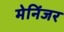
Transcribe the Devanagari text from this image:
मेनिंजर